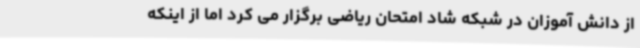
از دانش آموزان در شبکه شاد امتحان ریاضی برگزار می کرد اما از اینکه